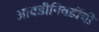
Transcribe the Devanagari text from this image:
आवडीनिवडींची